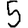
Digit: 5